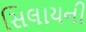
સિલાયની